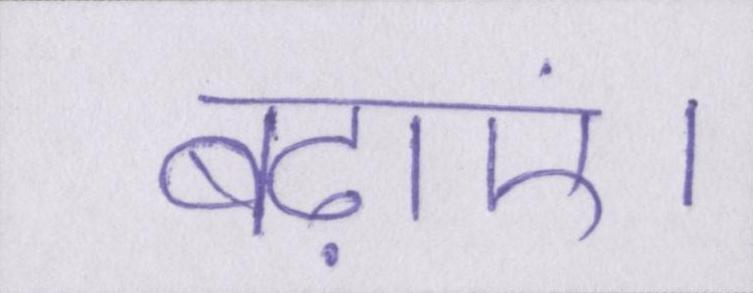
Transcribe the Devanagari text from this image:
बढ़ाएं।